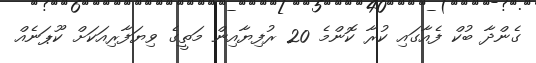
ގެންދާ ބުކް ފެއާގައި ކުރާ ކޮންމެ 20 ރުފިޔާއިން މަތީގެ ވިޔަފާރިއަކަށް ކޫޕަނެއް